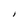
Character: I